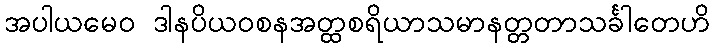
အပါယမေဝ ဒါနပိယဝစနအတ္ထစရိယာသမာနတ္တတာသင်္ခါတေဟိ